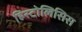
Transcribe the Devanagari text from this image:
हिस्टोलिसिस